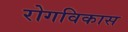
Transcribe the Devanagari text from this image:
रोगविकास